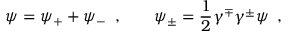
\psi = \psi _ { + } + \psi _ { - } \; \; , \qquad \psi _ { \pm } = { \frac { 1 } { 2 } } \gamma ^ { \mp } \gamma ^ { \pm } \psi \; \; ,